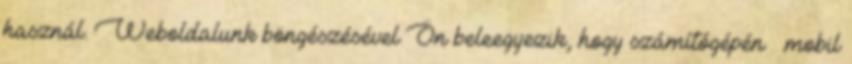
használ. Weboldalunk böngészésével Ön beleegyezik, hogy számítógépén mobil